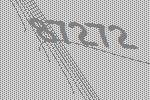
87272